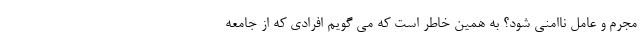
مجرم و عامل ناامنی شود؟ به همین خاطر است که می گویم افرادی که از جامعه